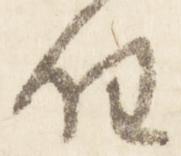
任